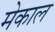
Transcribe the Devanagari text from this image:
मेकाल